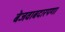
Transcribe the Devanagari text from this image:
बेजवाबदारपणा